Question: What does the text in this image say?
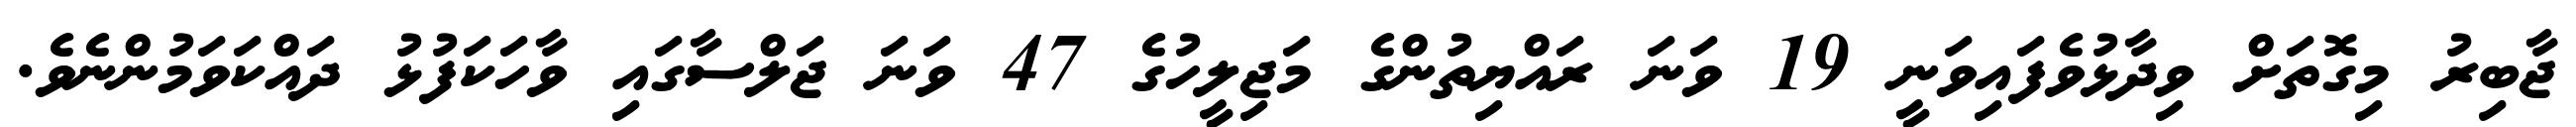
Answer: ޖާބިރު މިގޮތަށް ވިދާޅުވެފައިވަނީ 19 ވަނަ ރައްޔިތުންގެ މަޖިލީހުގެ 47 ވަނަ ޖަލްސާގައި ވާހަކަފުޅު ދައްކަވަމުންނެވެ.